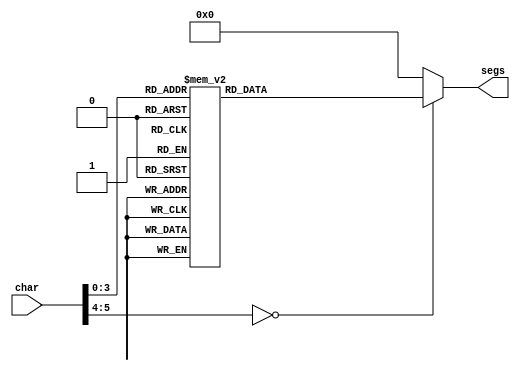
/*
   This file was generated automatically by the Mojo IDE version B1.3.6.
   Do not edit this file directly. Instead edit the original Lucid source.
   This is a temporary file and any changes made to it will be destroyed.
*/

module seven_seg_12 (
    input [5:0] char,
    output reg [7:0] segs
  );
  
  
  
  always @* begin
    
    case (char)
      1'h0: begin
        segs = 8'h3f;
      end
      1'h1: begin
        segs = 8'h06;
      end
      2'h2: begin
        segs = 8'h5b;
      end
      2'h3: begin
        segs = 8'h4f;
      end
      3'h4: begin
        segs = 8'h66;
      end
      3'h5: begin
        segs = 8'h6d;
      end
      3'h6: begin
        segs = 8'h7d;
      end
      3'h7: begin
        segs = 8'h07;
      end
      4'h8: begin
        segs = 8'h7f;
      end
      4'h9: begin
        segs = 8'h67;
      end
      4'ha: begin
        segs = 8'hbf;
      end
      4'hb: begin
        segs = 8'h86;
      end
      4'hc: begin
        segs = 8'hdb;
      end
      4'hd: begin
        segs = 8'hcf;
      end
      4'hf: begin
        segs = 8'h00;
      end
      default: begin
        segs = 8'h00;
      end
    endcase
  end
endmodule